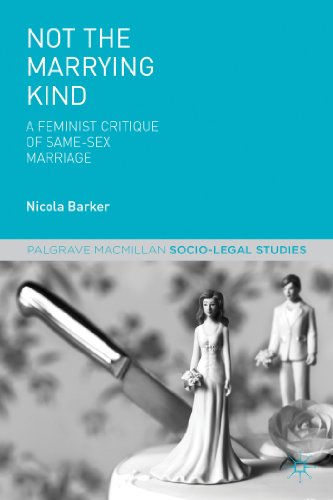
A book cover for Not The Marrying Kind: A Feminist Critique of Same-Sex Marriage (Palgrave Macmillan Socio-Legal Studies); Nicola Barker; Law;